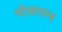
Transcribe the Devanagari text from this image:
पोलापन